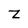
Character: Z